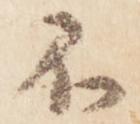
不